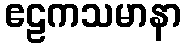
ဧဠကသမာနာ